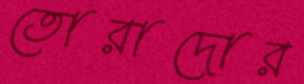
তোরাদোর